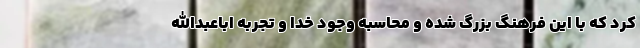
کرد که با این فرهنگ بزرگ شده و محاسبه وجود خدا و تجربه اباعبدالله